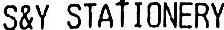
S&Y STATIONERY